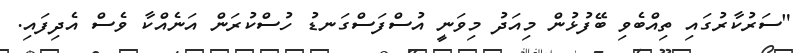
"ސަރުކާރުގައި ތިއްބެވި ބޭފުޅުން މިއަދު މިވަނީ އުސްފަސްގަނޑު ހުސްކުރަން އަނެއްކާ ވެސް އެދިފައި.